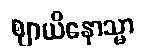
ဈာယိနောသ္မာ